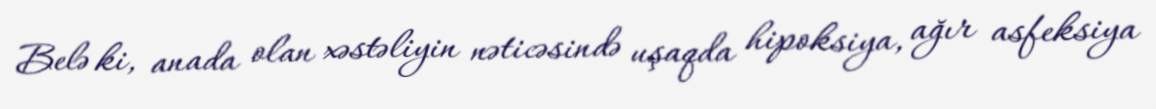
Belə ki, anada olan xəstəliyin nəticəsində uşaqda hipoksiya, ağır asfeksiya